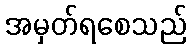
အမှတ်ရစေသည်